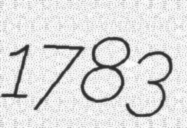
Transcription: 1783